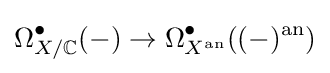
\Omega _{X/\mathbb {C} }^{\bullet }(-)\to \Omega _{X^{\text{an}}}^{\bullet }((-)^{\text{an}})